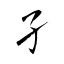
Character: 孑